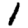
Digit: 1